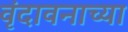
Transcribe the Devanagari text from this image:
वृंदावनाच्या